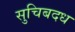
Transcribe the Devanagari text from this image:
सुचिबदध